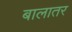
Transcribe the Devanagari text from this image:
बालातर